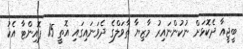
ބީޖީއާ ދެކޮޅަށް ނުކުންނައިރު މާޒިޔާ ތާވަލްގެ ދެވަނައިގައި އޮތީ 15 ޕޮއިންޓާ އެކު